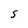
Character: S